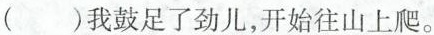
()我鼓足了劲儿，开始往山上爬。